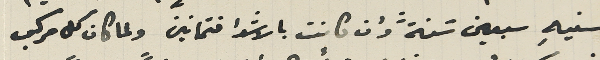
سنيهِ سبعين سَنةً وان كانت بالاشدا فتمانين ولما كان كل مركب